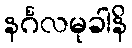
နင်္ဂလမုခါနိ